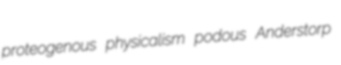
proteogenous physicalism podous Anderstorp